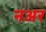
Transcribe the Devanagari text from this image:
नअर